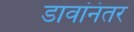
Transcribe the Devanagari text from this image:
डावांनंतर